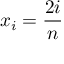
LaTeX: x _ { i } = { \frac { 2 i } { n } }